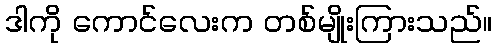
ဒါကို ကောင်လေးက တစ်မျိုးကြားသည်။